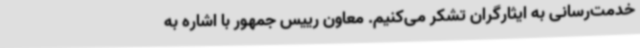
خدمت‌رسانی به ایثارگران تشکر می‌کنیم. معاون رییس جمهور با اشاره به